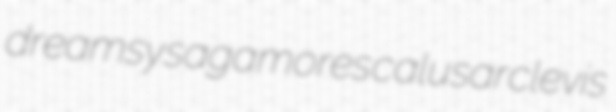
dreamsy sagamores calusar clevis